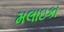
મલાઇકા